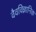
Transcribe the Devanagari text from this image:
वैवविज्ञानिक